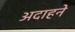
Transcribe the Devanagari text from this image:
अदाहने